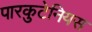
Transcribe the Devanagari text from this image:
पारकुटेनियस